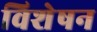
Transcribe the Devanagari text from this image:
विशेषन